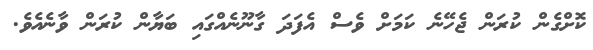
ކޮށްގެން ކުރަން ޖެހޭނެ ކަމަށް ވެސް އެފަަދަ ގާނޫނެއްގައި ބަޔާން ކުރަން ވާނެއެވެ.